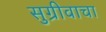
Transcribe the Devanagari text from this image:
सुग्रीवाचा